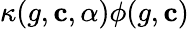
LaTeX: \kappa(g,\mathbf{c},\alpha)\phi(g,\mathbf{c})